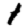
Digit: 1